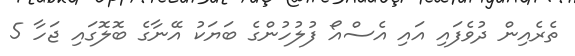
ތެރެއިން ދުވެފައި އައި އެސްއޯ ފުލުހުންގެ ބަޔަކު އޭނާގެ ބޮލޮގައި ޖަހާ 5